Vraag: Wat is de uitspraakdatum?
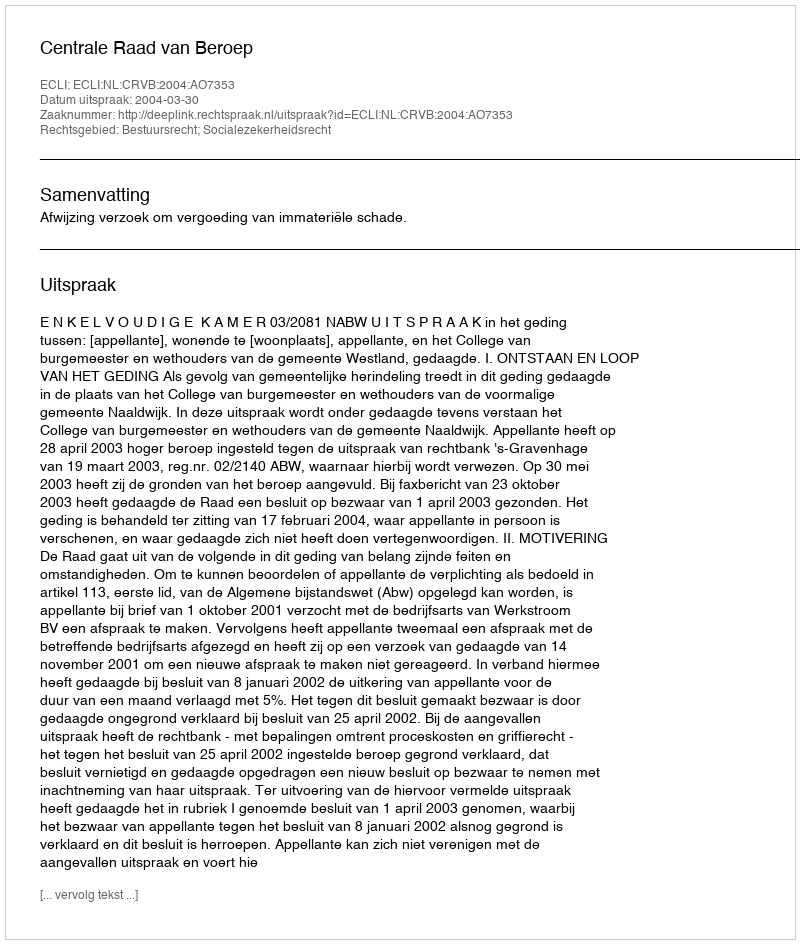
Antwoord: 2004-03-30